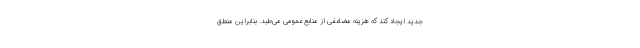
جدید ایجاد کند که هزینه مضاعفی از منابع عمومی می‌طبد. بنابراین منطق